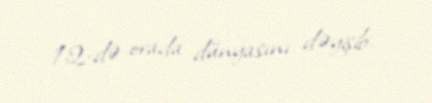
12-də orada dünyasını dəyişib.